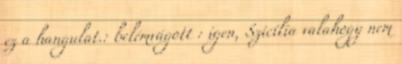
ez a hangulat.: belémvágott : igen, Szicília valahogy nem